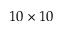
1 0 \times 1 0